Indian journal of veterinary science and animal husbandry - Volume 13,
Year: 1943
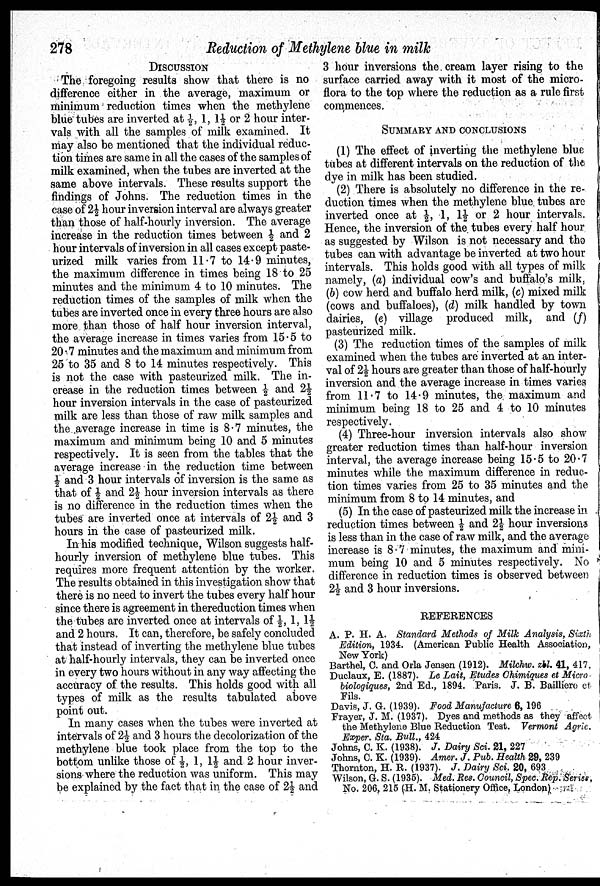
278
Reduction of Methylene blue in milk
DISCUSSION
The foregoing results show that there is no
difference either in the average, maximum or
minimum reduction times when the methylene
blue tubes are inverted at ½, 1, 1½ or 2 hour inter-
vals with all the samples of milk examined. It
may also be mentioned that the individual reduc-
tion times are same in all the cases of the samples of
milk examined, when the tubes are inverted at the
same above intervals. These results support the
findings of Johns. The reduction times in the
case of 2½ hour inversion interval are always greater
than those of half-hourly inversion. The average
increase in the reduction times between ½ and 2
hour intervals of inversion in all cases except paste-
urized milk varies from 11.7 to 14.9 minutes,
the maximum difference in times being 18 to 25
minutes and the minimum 4 to 10 minutes. The
reduction times of the samples of milk when the
tubes are inverted once in every three hours are also
more than those of half hour inversion interval,
the average increase in times varies from 15.5 to
20.7 minutes and the maximum and minimum from
25 to 35 and 8 to 14 minutes respectively. This
is not the case with pasteurized milk. The in-
crease in the reduction times between ½ and 2½
hour inversion intervals in the case of pasteurized
milk are less than those of raw milk samples and
the average increase in time is 8.7 minutes, the
maximum and minimum being 10 and 5 minutes
respectively. It is seen from the tables that the
average increase in the reduction time between
½ and 3 hour intervals of inversion is the same as
that of ½ and 2½ hour inversion intervals as there
is no difference in the reduction times when the
tubes are inverted once at intervals of 2½ and 3
hours in the case of pasteurized milk.
In his modified technique, Wilson suggests half-
hourly inversion of methylene blue tubes. This
requires more frequent attention by the worker.
The results obtained in this investigation show that
there is no need to invert the tubes every half hour
since there is agreement in thereduction times when
the tubes are inverted once at intervals of ½, 1, 1½
and 2 hours. It can, therefore, be safely concluded
that instead of inverting the methylene blue tubes
at half-hourly intervals, they can be inverted once
in every two hours without in any way affecting the
accuracy of the results. This holds good with all
types of milk as the results tabulated above
point out.
In many cases when the tubes were inverted at
intervals of 2½ and 3 hours the decolorization of the
methylene blue took place from the top to the
bottom unlike those of ½, 1, 1½ and 2 hour inver-
sions where the reduction was uniform. This may
be explained by the fact that in the case of 2½ and
3 hour inversions the cream layer rising to the
surface carried away with it most of the micro-
flora to the top where the reduction as a rule first
commences.
SUMMARY AND CONCLUSIONS
(1) The effect of inverting the methylene blue
tubes at different intervals on the reduction of the
dye in milk has been studied.
(2) There is absolutely no difference in the re-
duction times when the methylene blue tubes are
inverted once at ½, 1, 1½ or 2 hour intervals.
Hence, the inversion of the tubes every half hour
as suggested by Wilson is not necessary and the
tubes can with advantage be inverted at two hour
intervals. This holds good with all types of milk
namely, (a) individual cow's and buffalo's milk,
(b) cow herd and buffalo herd milk, (c) mixed milk
(cows and buffaloes), (d) milk handled by town
dairies, (e) village produced milk, and (f)
pasteurized milk.
(3) The reduction times of the samples of milk
examined when the tubes are inverted at an inter-
val of 2½ hours are greater than those of half-hourly
inversion and the average increase in times varies
from 11.7 to 14.9 minutes, the maximum and
minimum being 18 to 25 and 4 to 10 minutes
respectively.
(4) Three-hour inversion intervals also show
greater reduction times than half-hour inversion
interval, the average increase being 15.5 to 20.7
minutes while the maximum difference in reduc-
tion times varies from 25 to 35 minutes and the
minimum from 8 to 14 minutes, and
(5) In the case of pasteurized milk the increase in
reduction times between ½ and 2½ hour inversions
is less than in the case of raw milk, and the average
increase is 8.7 minutes, the maximum and mini-
mum being 10 and 5 minutes respectively. No
difference in reduction times is observed between
2½ and 3 hour inversions.
REFERENCES
A. P. H. A. Standard Methods of Milk Analysis, Sixth
Edition, 1934. (American Public Health Association,
New York)
Barthel, C. and Orla Jensen (1912). Milchw. zbl. 41, 417.
Duclaux, E. (1887). Le Lait, Etudes Chimiques et Micro-
biologiques, 2nd Ed., 1894. Paris. J. B. Bailliero et
Fils.
Davis, J. G. (1939). Food Manufacture 6, 196
Frayer, J. M. (1937). Dyes and methods as they affect
the Methylene Blue Reduction Test. Vermont Agric.
Exper. Sta. Bull., 424
Johns, C. K. (1938). J. Dairy Sci. 21, 227
Johns, C. K. (1939). Amer. J. Pub. Health 29, 239
Thornton, H. R. (1937). J. Dairy Sci. 20, 693
Wilson, G. S. (1935). Med. Res. Council, Spec. Rep. Serise,
No. 206, 215 (H. M. Stationery Office, London)